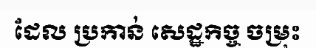
ដែល ប្រកាន់ សេដ្ឋកិច្ច ចម្រុះ